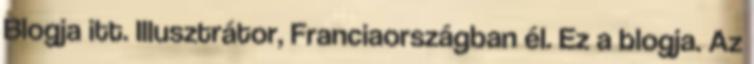
Blogja itt. Illusztrátor, Franciaországban él. Ez a blogja. Az